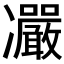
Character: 𠘥